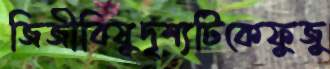
জিজীবিষুদৃশ্যটিকেফুজু